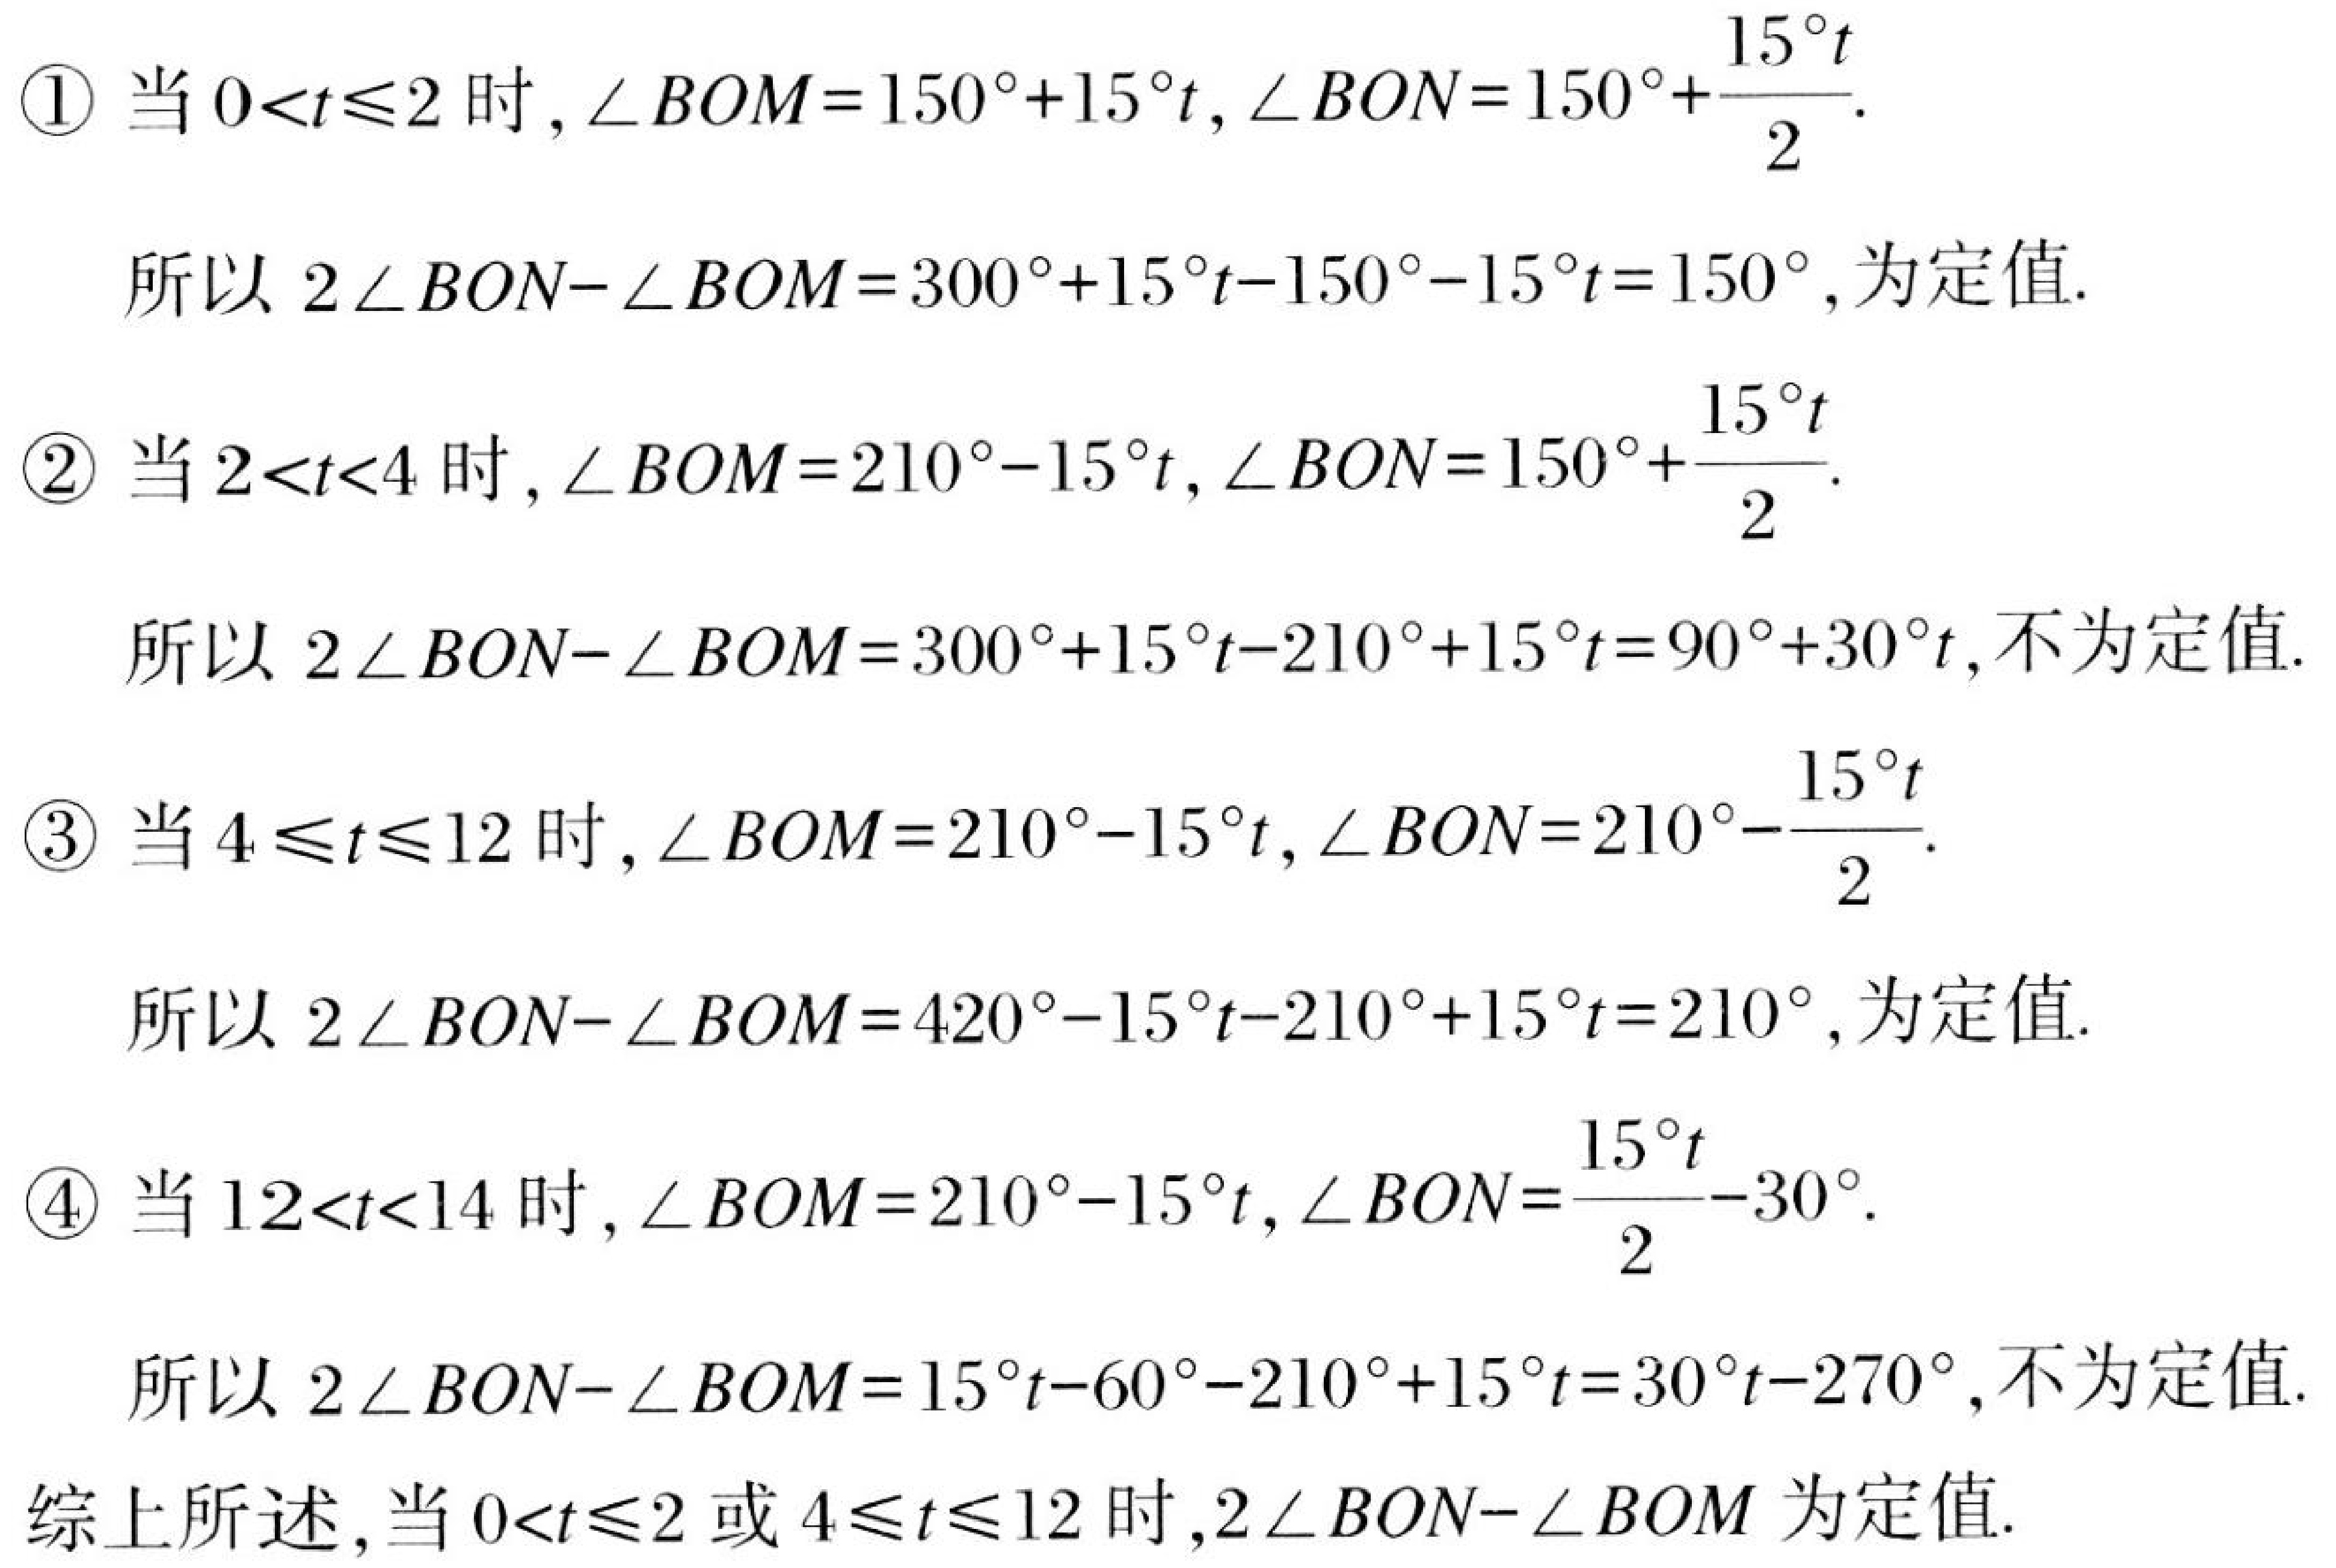
\textcircled{1} 当\(0<t\leqslant2\)时，\(\angle BOM = 150^{\circ}+15^{\circ}t\)，\(\angle BON = 150^{\circ}+\frac{15^{\circ}t}{2}\).
   所以\(2\angle BON-\angle BOM = 300^{\circ}+15^{\circ}t - 150^{\circ}-15^{\circ}t = 150^{\circ}\)，为定值.
\textcircled{2} 当\(2<t<4\)时，\(\angle BOM = 210^{\circ}-15^{\circ}t\)，\(\angle BON = 150^{\circ}+\frac{15^{\circ}t}{2}\).
   所以\(2\angle BON-\angle BOM = 300^{\circ}+15^{\circ}t - 210^{\circ}+15^{\circ}t = 90^{\circ}+30^{\circ}t\)，不为定值.
\textcircled{3} 当\(4\leqslant t\leqslant12\)时，\(\angle BOM = 210^{\circ}-15^{\circ}t\)，\(\angle BON = 210^{\circ}-\frac{15^{\circ}t}{2}\).
   所以\(2\angle BON-\angle BOM = 420^{\circ}-15^{\circ}t - 210^{\circ}+15^{\circ}t = 210^{\circ}\)，为定值.
\textcircled{4} 当\(12<t<14\)时，\(\angle BOM = 210^{\circ}-15^{\circ}t\)，\(\angle BON=\frac{15^{\circ}t}{2}-30^{\circ}\).
   所以\(2\angle BON-\angle BOM = 15^{\circ}t - 60^{\circ}-210^{\circ}+15^{\circ}t = 30^{\circ}t - 270^{\circ}\)，不为定值.
综上所述，当\(0<t\leqslant2\)或\(4\leqslant t\leqslant12\)时，\(2\angle BON-\angle BOM\)为定值.